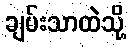
ချမ်းသာထဲသို့